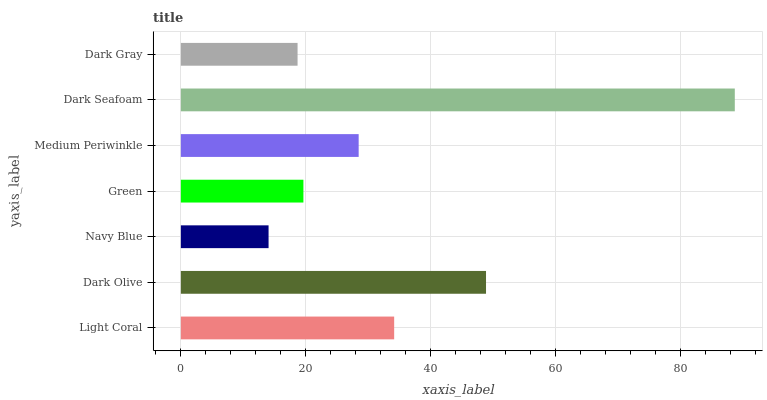
| yaxis_label | bars |
 | --- | --- |
 | Light Coral | 34.2 |
 | Dark Olive | 48.9 |
 | Navy Blue | 14 |
 | Green | 19.6 |
 | Medium Periwinkle | 28.5 |
 | Dark Seafoam | 88.7 |
 | Dark Gray | 18.7 |